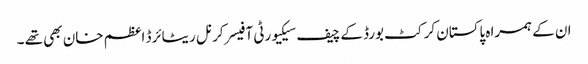
ان کے ہمراہ پاکستان کرکٹ بورڈکے چیف سیکیورٹی آفیسر کرنل ریٹائرڈ اعظم خان بھی تھے ۔